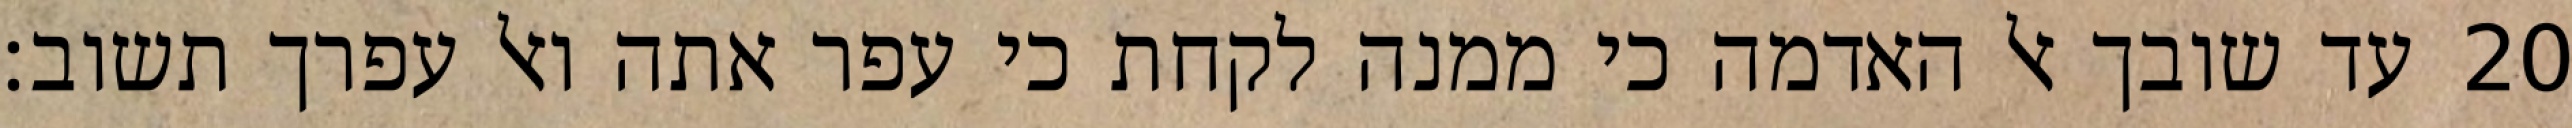
עד שובך אל האדמה כי ממנה לקחת כי עפר אתה ואל עפרך תשוב׃ ‎20‏